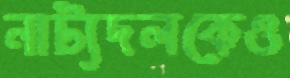
নাট্যদলকেও